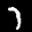
Label: 7